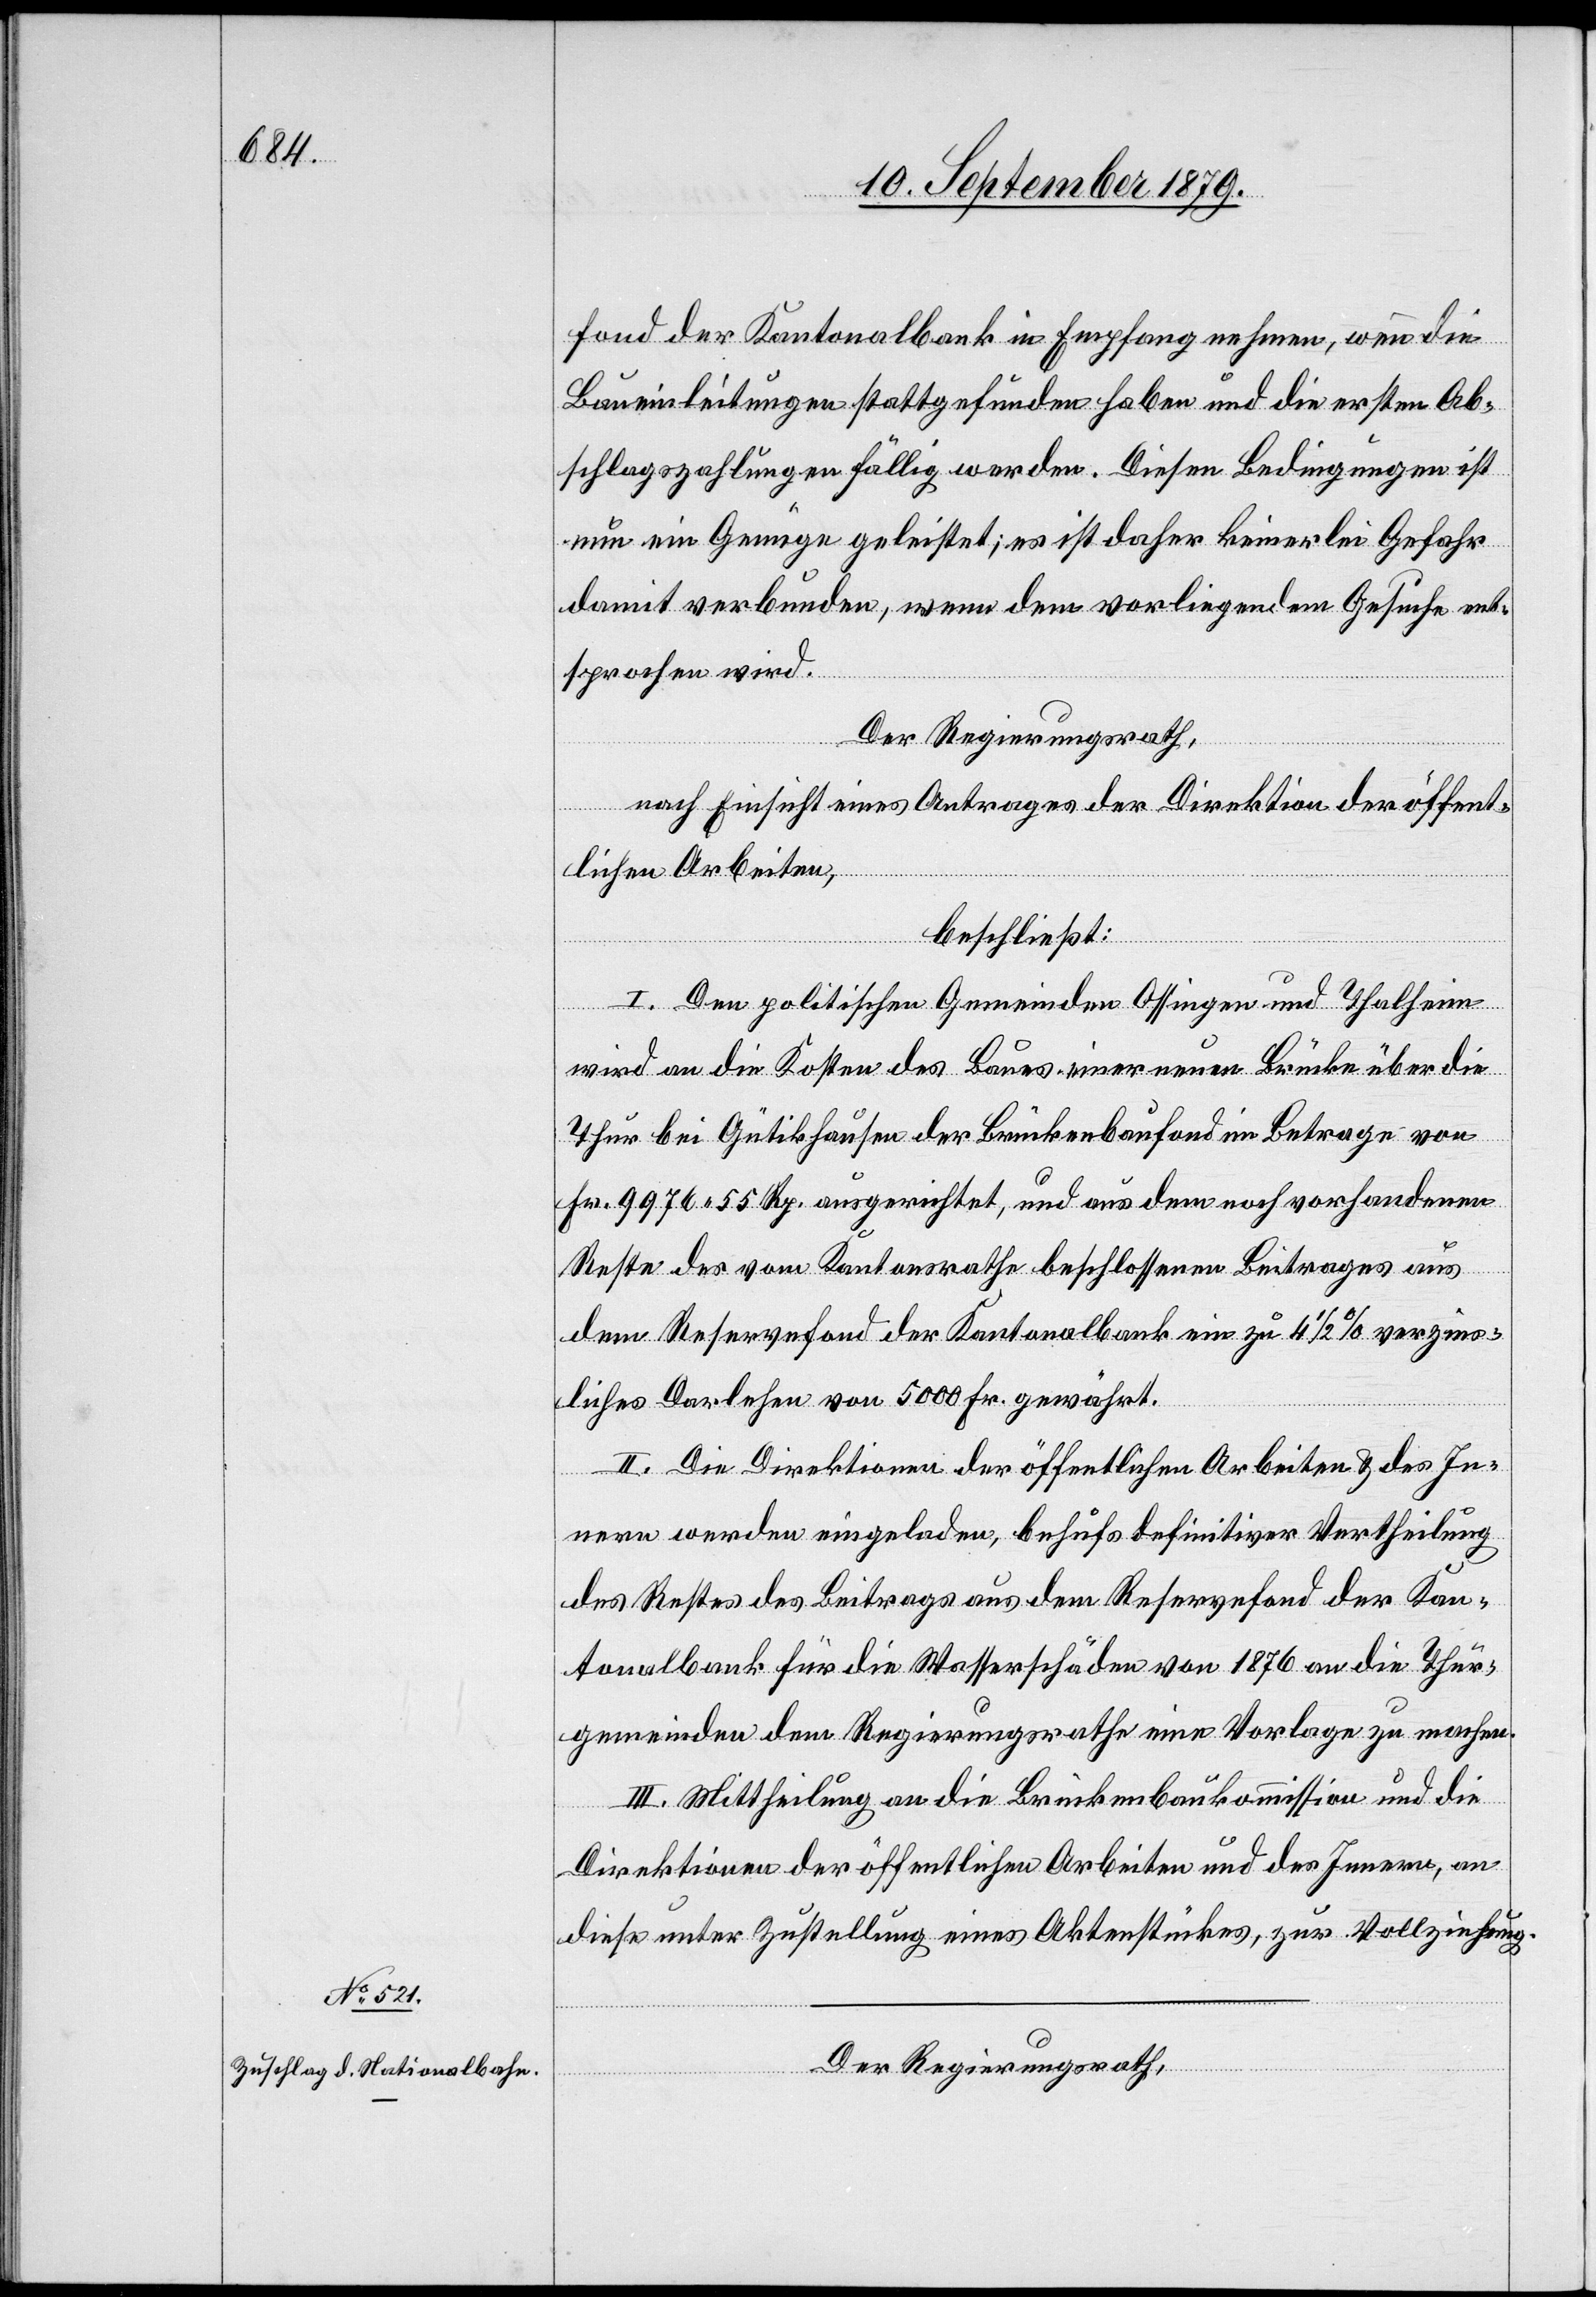
fond der Kantonalbank in Empfang nehmen, wenn die
Baueinleitungen stattgefunden haben und die ersten Ab¬
schlagszahlungen fällig werden. Diesen Bedingungen ist
nun ein Genüge geleistet; es ist daher keinerlei Gefahr
damit verbunden, wenn dem vorliegenden Gesuche ent¬
sprochen wird.
Der Regierungsrath,
nach Einsicht eines Antrages der Direktion der öffent¬
lichen Arbeiten,
beschließt:
I. Den politischen Gemeinden Ossingen und Thalheim
wird an die Kosten des Baues einer neuen Brücke über die
Thur bei Gütikhausen der Brückenbaufond im Betrage von
Fr. 9976 55 Rp. ausgerichtet, und aus dem noch vorhandenen
Reste des vom Kantonsrathe beschlossenen Beitrages aus
dem Reservefond der Kantonalbank ein zu 4 1/2% verzins¬
liches Darlehen von 5000 Fr. gewährt.
II. Die Direktionen der öffentlichen Arbeiten & des In¬
nern werden eingeladen, behufs definitiver Vertheilung
des Restes des Beitrages aus dem Reservefond der Kan¬
tonalbank für die Wasserschäden von 1876 an die Thur¬
gemeinden dem Regierungsrath eine Vorlage zu machen.
III. Mittheilung an die Brückenbaukommission und die
Direktionen der öffentlichen Arbeiten und des Innern, an
diese unter Zustellung eines Aktenstückes, zur Vollziehung.
Der Regierungsrath,